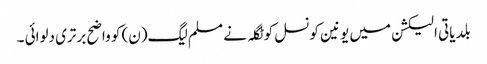
بلدیاتی الیکشن میں یونین کونسل کوٹگلہ نے مسلم لیگ(ن) کو واضح برتری دلوائی ۔